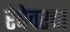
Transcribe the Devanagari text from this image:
रेषेवरचा